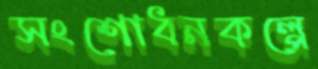
সংশোধনকল্পে